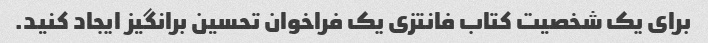
برای یک شخصیت کتاب فانتزی یک فراخوان تحسین برانگیز ایجاد کنید.